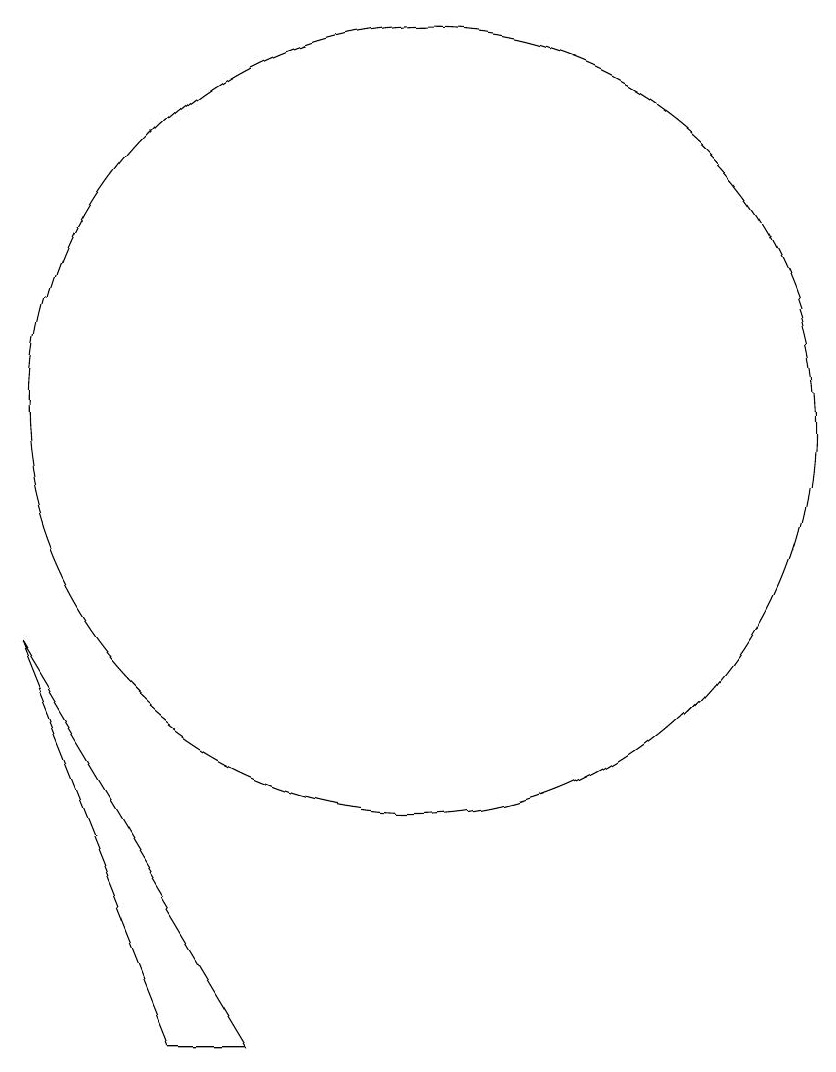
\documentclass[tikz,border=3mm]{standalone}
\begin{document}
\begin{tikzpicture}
\draw (11,12) circle (5);
\draw (10,10) circle (0);
\draw (6,9) -- (8,4) -- (9,4) -- cycle;
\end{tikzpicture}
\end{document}